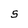
Character: S